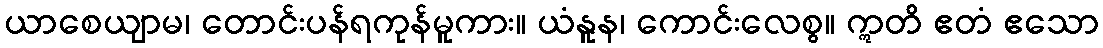
ယာစေယျာမ၊ တောင်းပန်ရကုန်မူကား။ ယံနူန၊ ကောင်းလေစွ။ ဣတိ ဧတံ ဧသော